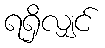
ရရှိလျှင်